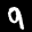
Label: 9